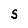
Character: S